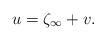
LaTeX: \begin{align*}u =\zeta_\infty + v.\end{align*}